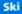
Ski